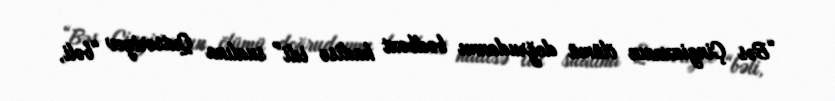
“Bəs Çingizxanın ölümü doğrudanmı bədbəxt hadisə idi” sualına Qutseriyev “bəli,